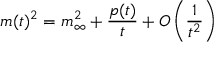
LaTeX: m ( t ) ^ { 2 } = m _ { \infty } ^ { 2 } + \frac { p ( t ) } { t } + O \left( \frac { 1 } { t ^ { 2 } } \right)